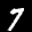
Label: 7